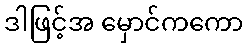
ဒါဖြင့်အ မှောင်ကကော